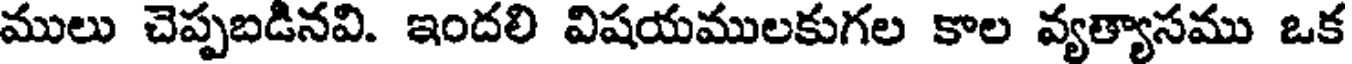
ములు చెప్పబడినవి. ఇందలి విషయములకుగల కాల వ్యత్యాసము ఒక